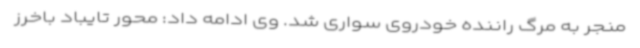
منجر به مرگ راننده خودروی سواری شد. وی ادامه داد: محور تایباد باخرز